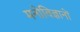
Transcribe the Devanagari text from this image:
मनोविज्ञानों